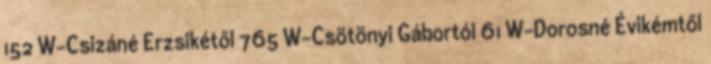
152 W-Csizáné Erzsikétől 765 W-Csötönyi Gábortól 61 W-Dorosné Évikémtől